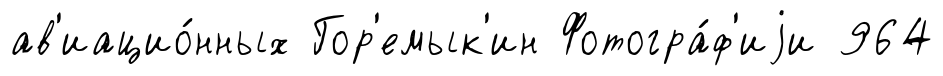
ав'иацио́нных Гор'емык'ин Фотогра́ф'иjи 964